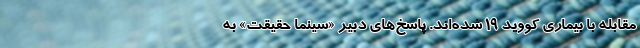
مقابله با بیماری کووید ۱۹ شده‌اند. پاسخ‌های دبیر «سینما حقیقت» به